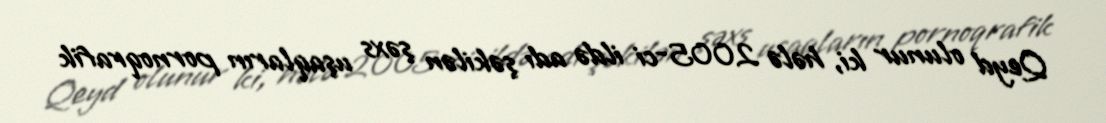
Qeyd olunur ki, hələ 2005-ci ildə adı şəkilən şəxs uşaqların pornoqrafik